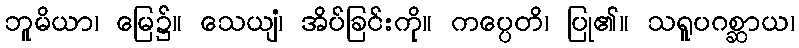
ဘူမိယာ၊ မြေ၌။ သေယျံ၊ အိပ်ခြင်းကို။ ကပ္ပေတိ၊ ပြု၏။ သရူပဂစ္ဆာယ၊